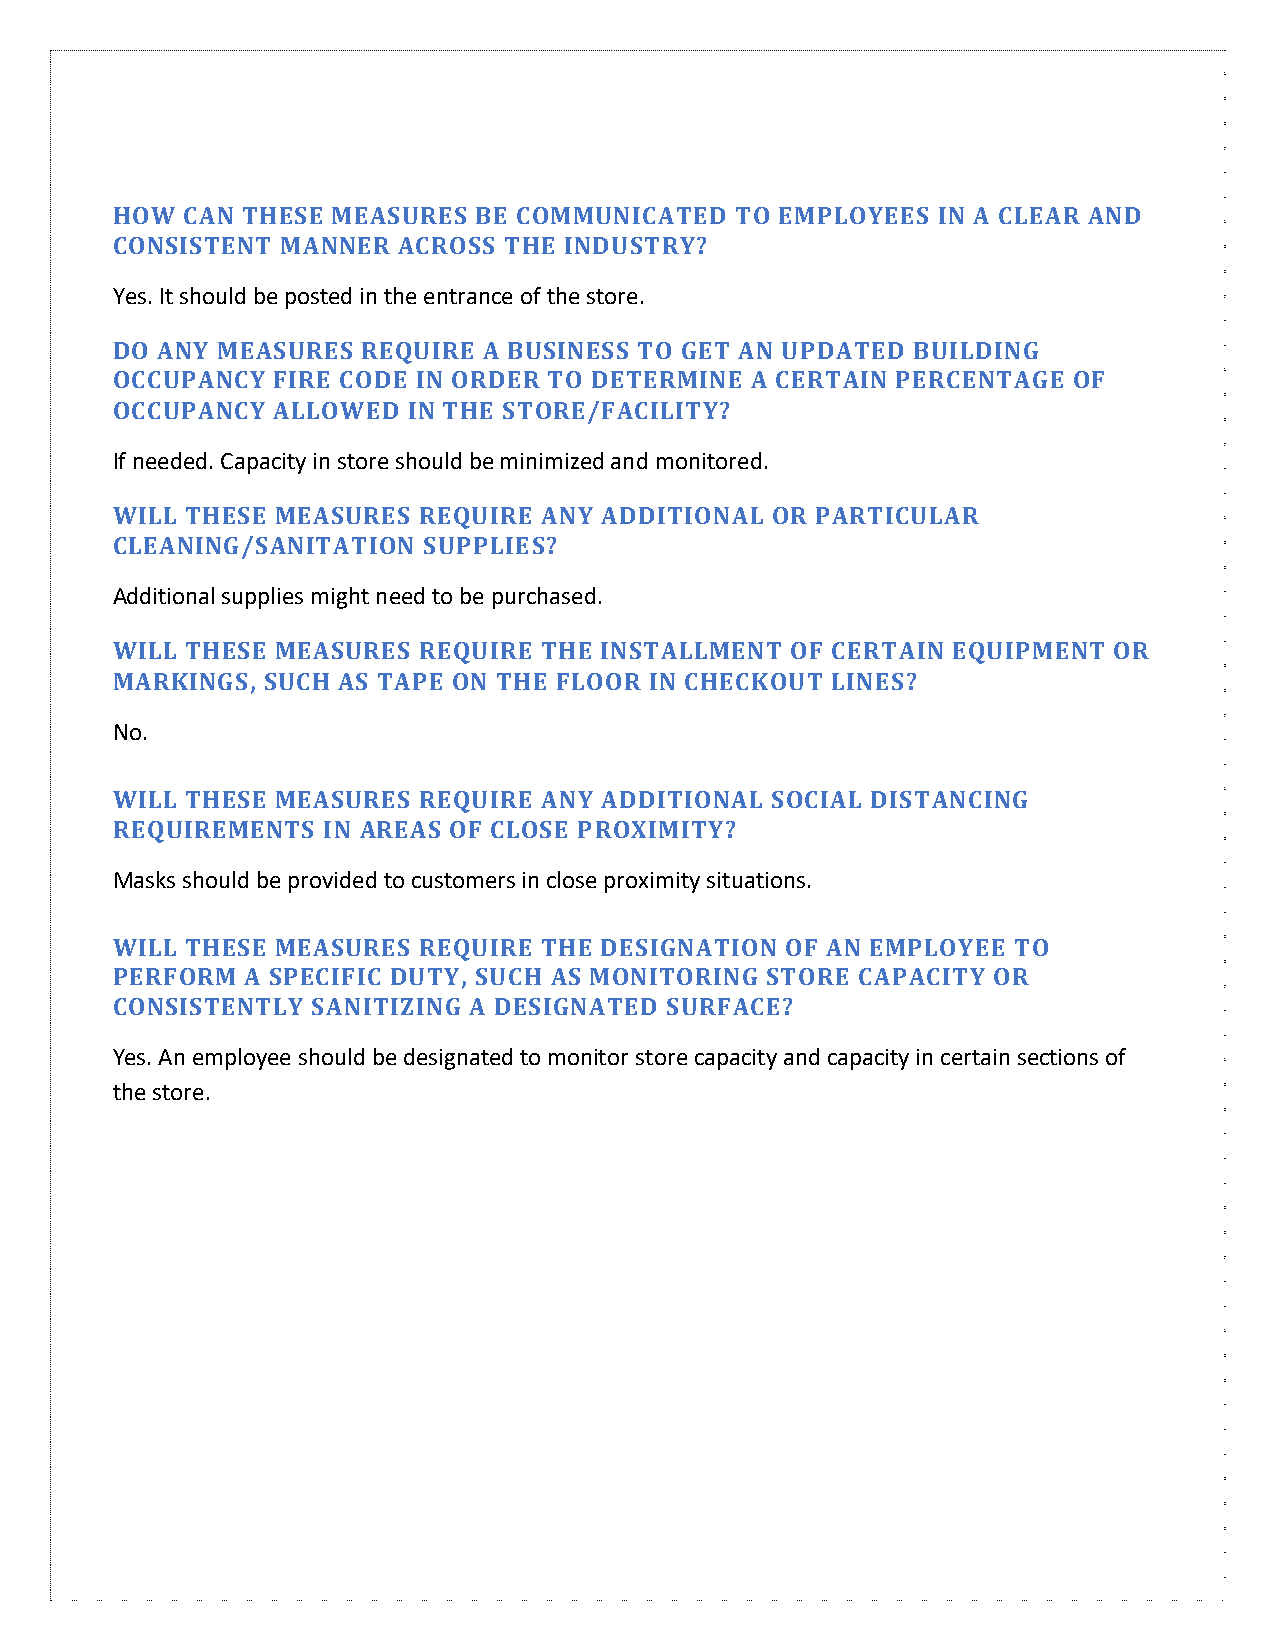
HOW  CAN THESE MEASURES  BE COMMUNICATED  TO EMPLOYEES IN A CLEAR AND
 CONSISTENT  MANNER ACROSS THE INDUSTRY?
 Yes. It should be posted in the entrance of the store.
 DO ANY MEASURES  REQUIRE A BUSINESS TO GET AN UPDATED BUILDING
 OCCUPANCY  FIRE CODE IN ORDER TO DETERMINE A CERTAIN PERCENTAGE OF
 OCCUPANCY  ALLOWED  IN THE STORE/FACILITY?
 If needed. Capacity in store should be minimized and monitored.
 WILL THESE MEASURES  REQUIRE ANY ADDITIONAL OR PARTICULAR
 CLEANING/SANITATION  SUPPLIES?
 Additional supplies might need to be purchased.
 WILL THESE MEASURES  REQUIRE THE INSTALLMENT OF CERTAIN EQUIPMENT  OR
 MARKINGS,  SUCH AS TAPE ON THE FLOOR IN CHECKOUT LINES?
 No.
 WILL THESE MEASURES  REQUIRE ANY ADDITIONAL SOCIAL DISTANCING
 REQUIREMENTS  IN AREAS OF CLOSE PROXIMITY?
 Masks should be provided to customers in close proximity situations.
 WILL THESE MEASURES  REQUIRE THE DESIGNATION OF AN EMPLOYEE TO
 PERFORM  A SPECIFIC DUTY, SUCH AS MONITORING STORE CAPACITY OR
 CONSISTENTLY  SANITIZING A DESIGNATED SURFACE?
 Yes. An employee should be designated to monitor store capacity and capacity in certain sections of
 the store.